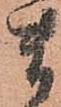
ま